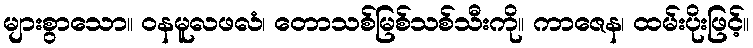
များစွာသော။ ဝနမူလဖလံ၊ တောသစ်မြစ်သစ်သီးကို။ ကာဇေန၊ ထမ်းပိုးဖြင့်။